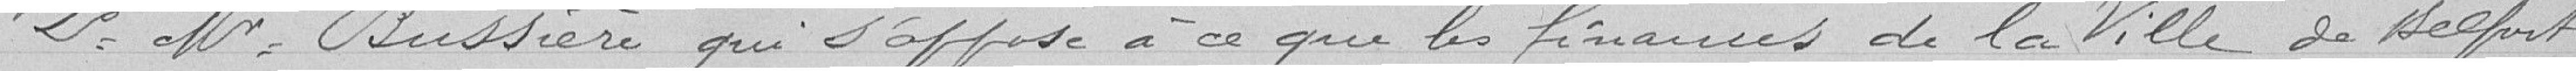
2° Monsieur Bussière qui s'oppose à ce que les finances de la Ville de Belfort